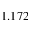
1 . 1 7 2